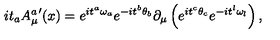
i { t } _ { a } { A _ { \mu } ^ { a } } ^ { \prime } ( x ) = e ^ { i { t } ^ { a } { \omega } _ { a } } e ^ { - i { t } ^ { b } { \theta } _ { b } } \partial _ { \mu } \left( e ^ { i { t } ^ { c } { \theta } _ { c } } e ^ { - i { t } ^ { l } { \omega } _ { l } } \right) ,